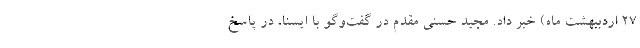
۲۷ اردببهشت ماه) خبر داد. مجید حسنی مقدم در گفت‌وگو با ایسنا، در پاسخ